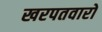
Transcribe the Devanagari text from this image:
खरपतवारो